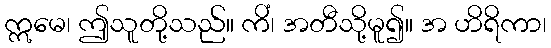
ဣမေ၊ ဤသူတို့သည်။ ကိံ၊ အတီသို့မူ၍။ အ ဟိရိကာ၊